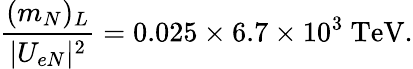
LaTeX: {\frac{(m_{N})_{L}}{|U_{eN}|^{2}}}=0.025\times 6.7\times 10^{3}\ \mathrm{TeV}.